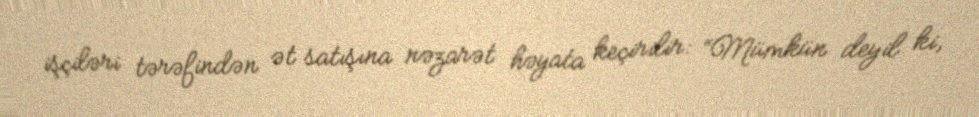
işçiləri tərəfindən ət satışına nəzarət həyata keçirilir: “Mümkün deyil ki,